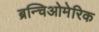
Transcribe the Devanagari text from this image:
ब्रन्चिओमेरिक